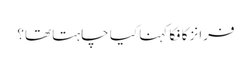
فرانز کافکا کہنا کیا چاہتا تھا؟